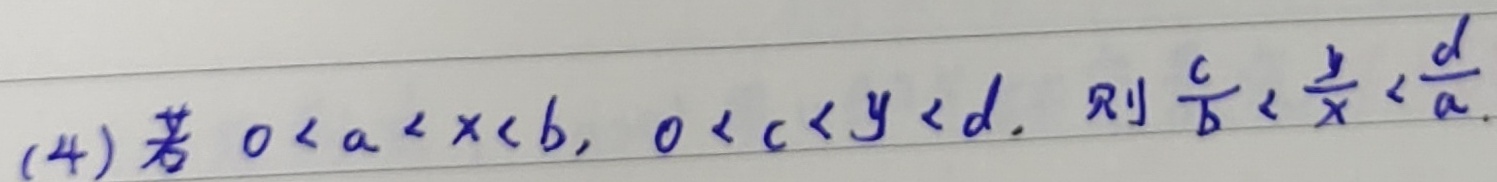
若 \(0 < a < x < b\)，\(0 < c < y < d\)，则 \(\frac{c}{b} < \frac{y}{x} < \frac{d}{a}\)。